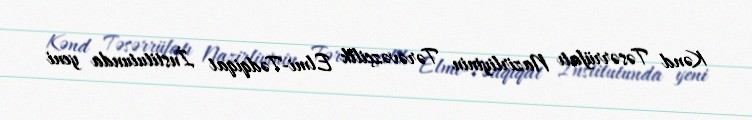
Kənd Təsərrüfatı Nazirliyinin Tərəvəzçilik Elmi-Tədqiqat İnstitutunda yeni